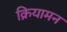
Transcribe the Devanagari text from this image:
क्रियामन